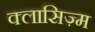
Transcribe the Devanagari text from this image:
क्लासिज़्म